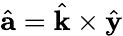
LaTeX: \hat{{\mathbf a}}=\hat{{\mathbf k}}\times\hat{{\mathbf y}}